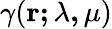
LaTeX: \gamma(\mathbf{r;\lambda,\mu})